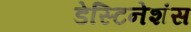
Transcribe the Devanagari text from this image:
डेस्टिनेशंस